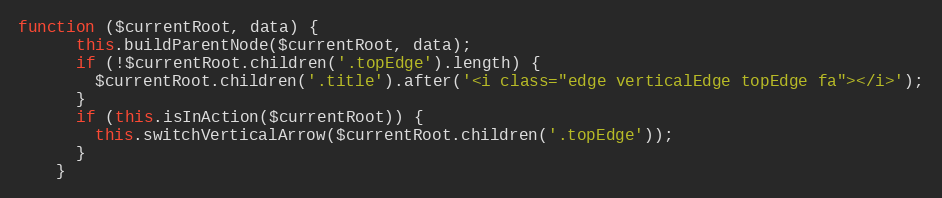
Language: JavaScript
function ($currentRoot, data) {
      this.buildParentNode($currentRoot, data);
      if (!$currentRoot.children('.topEdge').length) {
        $currentRoot.children('.title').after('<i class="edge verticalEdge topEdge fa"></i>');
      }
      if (this.isInAction($currentRoot)) {
        this.switchVerticalArrow($currentRoot.children('.topEdge'));
      }
    }